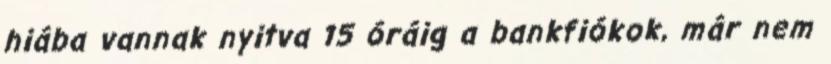
hiába vannak nyitva 15 óráig a bankfiókok, már nem